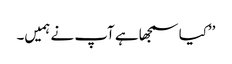
’’کیا سمجھا ہے آپ نے ہمیں۔